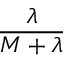
\frac { \lambda } { M + \lambda }